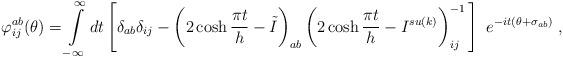
LaTeX: \begin{align*}\varphi _{ij}^{ab}(\theta )=\int\limits_{-\infty }^{\infty }dt\left[ \delta_{ab}\delta _{ij}-\left( 2\cosh \frac{\pi t}{h}-\tilde{I}\right) _{ab}\left(2\cosh \frac{\pi t}{h}-I^{su(k)}\right) _{ij}^{-1}\,\right]\,\,e^{-it(\theta +\sigma _{ab})}\;, \end{align*}